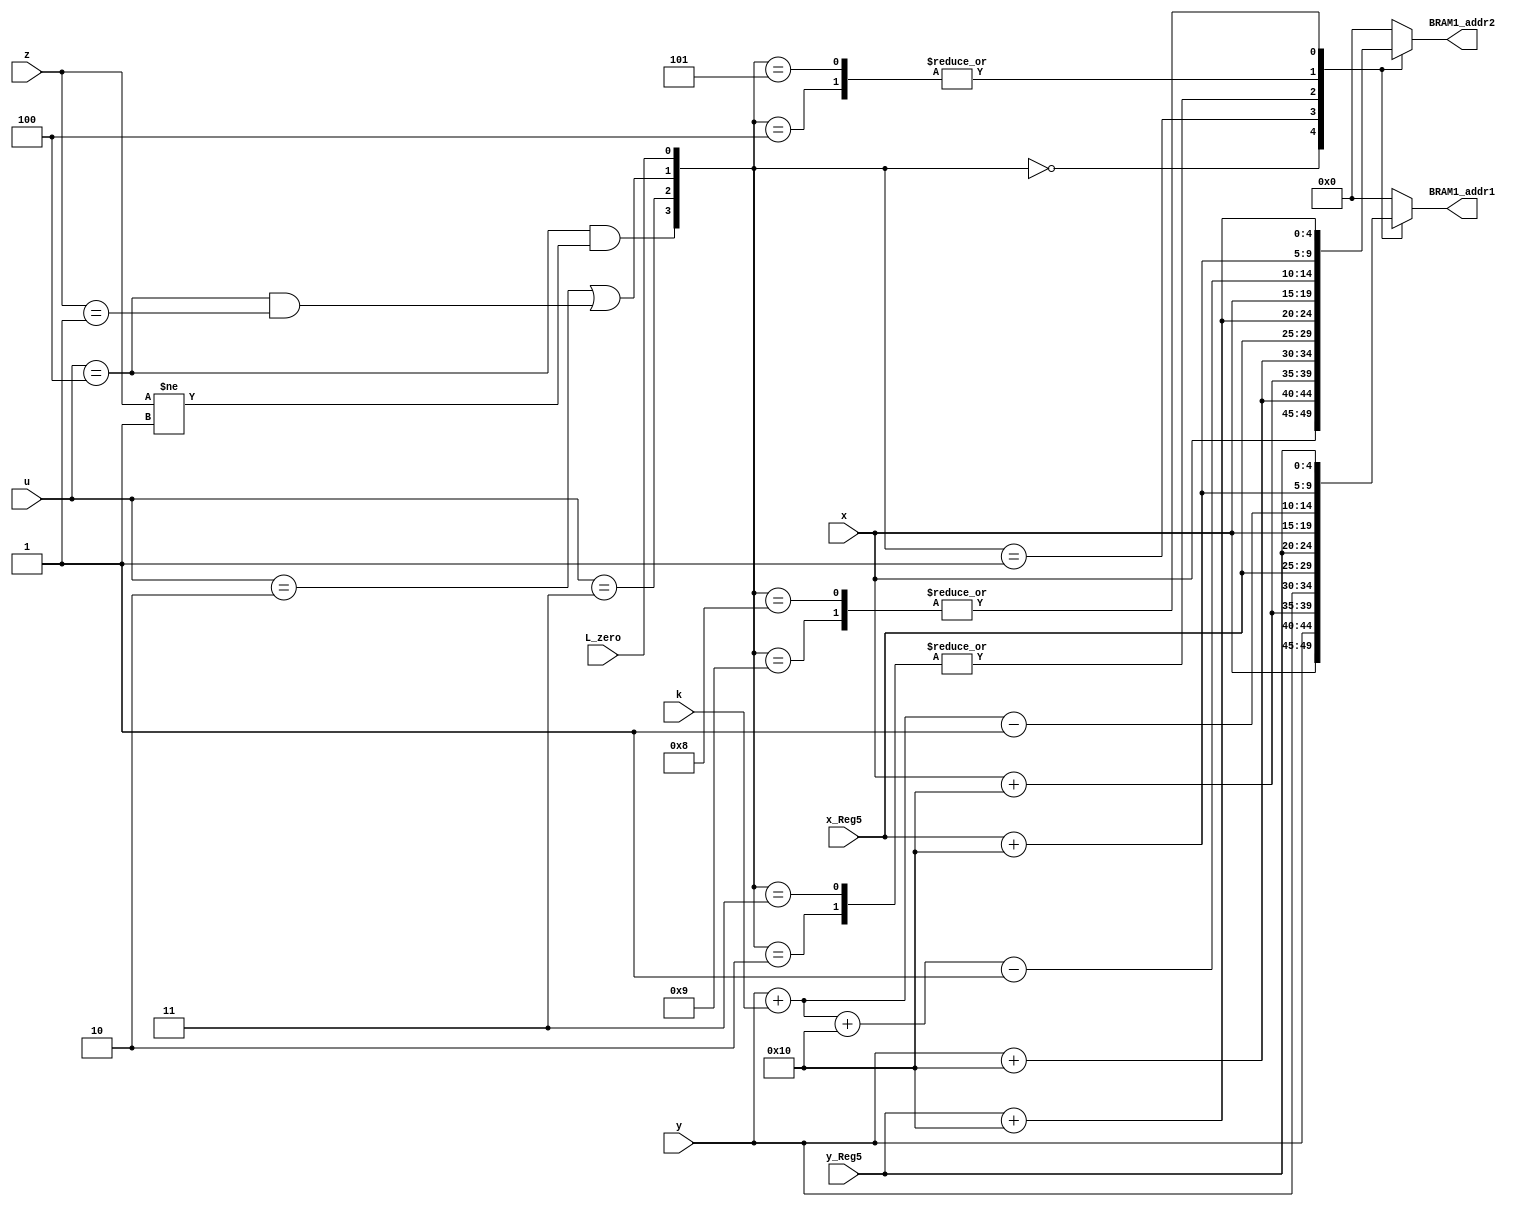
module BRAM1_addr_L7(BRAM1_addr1,BRAM1_addr2,L_zero,x_Reg5,y_Reg5,x,y,u,k,z);
output reg[9:0] BRAM1_addr1,BRAM1_addr2;
input [4:0] x_Reg5,y_Reg5,x,y;
input L_zero;
input [1:0] k,z;
input [2:0] u;
wire [3:0] flags;
assign flags ={u==4&&z!=1,u==3,u==2||(u==4&&z==1),L_zero};
always @(*)
begin
case(flags)
4'b0000:	 begin BRAM1_addr1={x,y};  			 		  BRAM1_addr2={x,y+5'b10000}; 			 			  end 
4'b0001:	 begin BRAM1_addr1={x+5'b10000,y};  		  BRAM1_addr2={x+5'b10000,y+5'b10000};  			  end
(4'b0010):begin BRAM1_addr1={x_Reg5,y_Reg5}; 		  BRAM1_addr2={x_Reg5,y_Reg5+5'b10000}; 			  end 
(4'b0011):begin BRAM1_addr1={x_Reg5,y_Reg5}; 		  BRAM1_addr2={x_Reg5,y_Reg5+5'b10000}; 			  end 
(4'b0100):begin BRAM1_addr1={x,y+k-5'b00001};	     BRAM1_addr2={x,y+k+5'b10000-5'b00001}; 			  end
(4'b0101):begin BRAM1_addr1={x,y+k-5'b00001};		  BRAM1_addr2={x,y+k+5'b10000-5'b00001}; 			  end
(4'b1001):begin BRAM1_addr1={x_Reg5+5'b10000,y_Reg5};BRAM1_addr2={x_Reg5+5'b10000,y_Reg5+5'b10000}; end 
(4'b1000):begin BRAM1_addr1={x_Reg5+5'b10000,y_Reg5};BRAM1_addr2={x_Reg5+5'b10000,y_Reg5+5'b10000}; end 
default : begin BRAM1_addr1=0; BRAM1_addr2=0;  end
endcase
end
/*
always @ (*)
	begin
	case (L_zero)
			0: begin  BRAM1_addr1={x,y}; 			 BRAM1_addr2={x,y+5'b10000}; 				end 
			1:  begin BRAM1_addr1={x+5'b10000,y};  BRAM1_addr2={x+5'b10000,y+5'b10000}; end
	endcase	
	case (u==2)
			1: begin  BRAM1_addr1={x_Reg5,y_Reg5}; 			 BRAM1_addr2={x_Reg5,y_Reg5+5'b10000}; 				end 
	endcase	
	case (u==3)
			1: begin  BRAM1_addr1={x,y+k}; 			 BRAM1_addr2={x,y+k+5'b10000}; 				end 
	endcase	
	case (u==4)
	1:begin
		case(z[0]&&!z[1])
			1: begin  BRAM1_addr1={x_Reg5,y_Reg5}; 			 BRAM1_addr2={x_Reg5,y_Reg5+5'b10000}; 				end 
			0: begin  BRAM1_addr1={x_Reg5+5'b10000,y_Reg5};  BRAM1_addr2={x_Reg5+5'b10000,y_Reg5+5'b10000}; 				end 
		endcase	
		end
	endcase
end
*/
endmodule